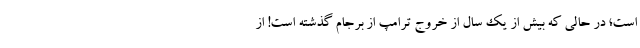
است؛ در حالی که بیش از یک سال از خروج ترامپ از برجام گذشته است! از